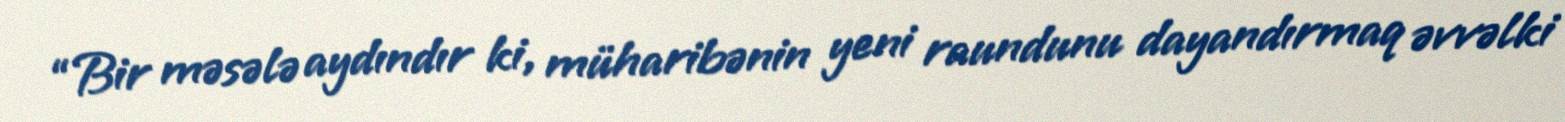
“Bir məsələ aydındır ki, müharibənin yeni raundunu dayandırmaq əvvəlki